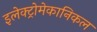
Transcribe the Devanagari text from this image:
इलेक्ट्रोमेकानिकल